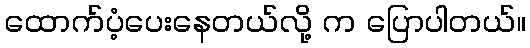
ထောက်ပံ့ပေးနေတယ်လို့ က ပြောပါတယ်။